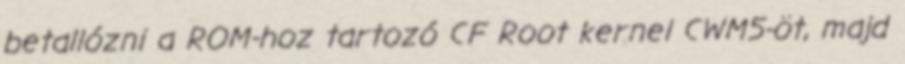
betallózni a ROM-hoz tartozó CF Root kernel CWM5-öt, majd